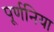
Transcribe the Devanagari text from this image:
पूर्णनिया